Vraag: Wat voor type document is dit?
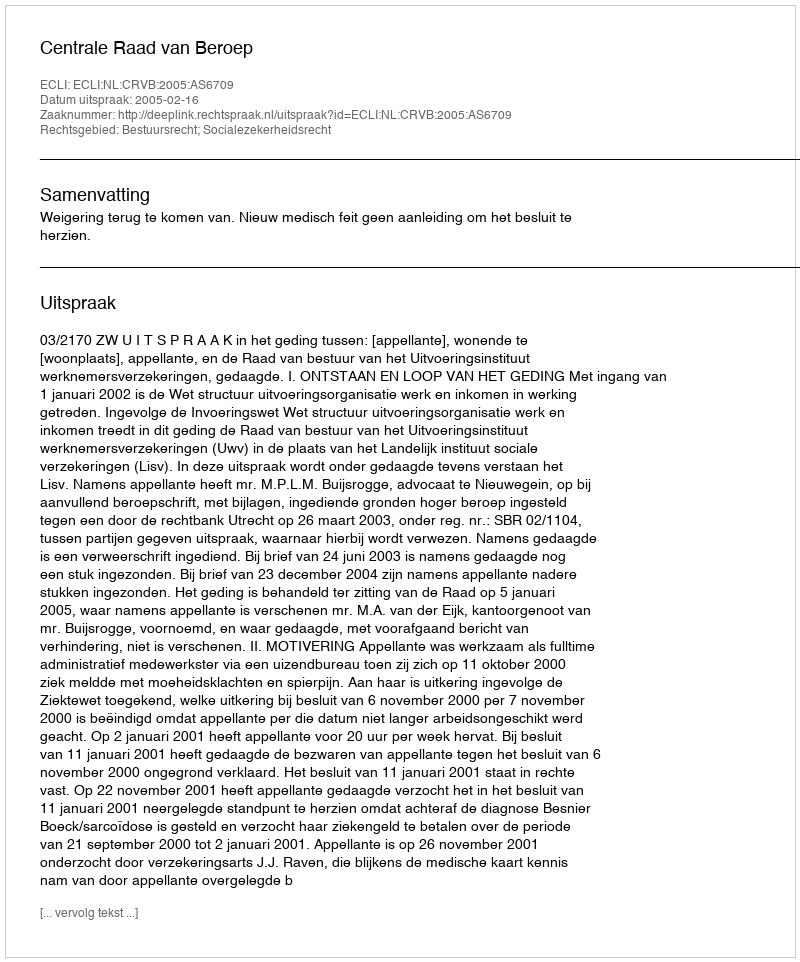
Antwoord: Uitspraak